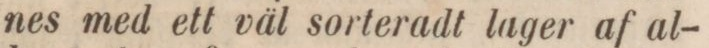
nes med ett väl sorteradt lager af al-